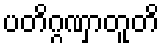
ပတိဂ္ဂဏှာတူတိ